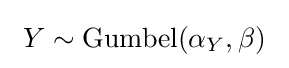
\ Y\sim \mathrm {Gumbel} (\alpha _{Y},\beta )\